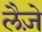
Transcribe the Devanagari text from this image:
लैज़े